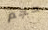
حجم